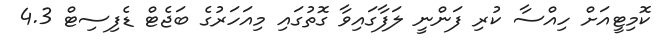
ކޮމިޓީއަށް ހިއްސާ ކުރި ފަންނީ ލަފާގައިވާ ގޮތުގައި މިއަހަރުގެ ބަޖެޓް ޑެފިސިޓް 4.3